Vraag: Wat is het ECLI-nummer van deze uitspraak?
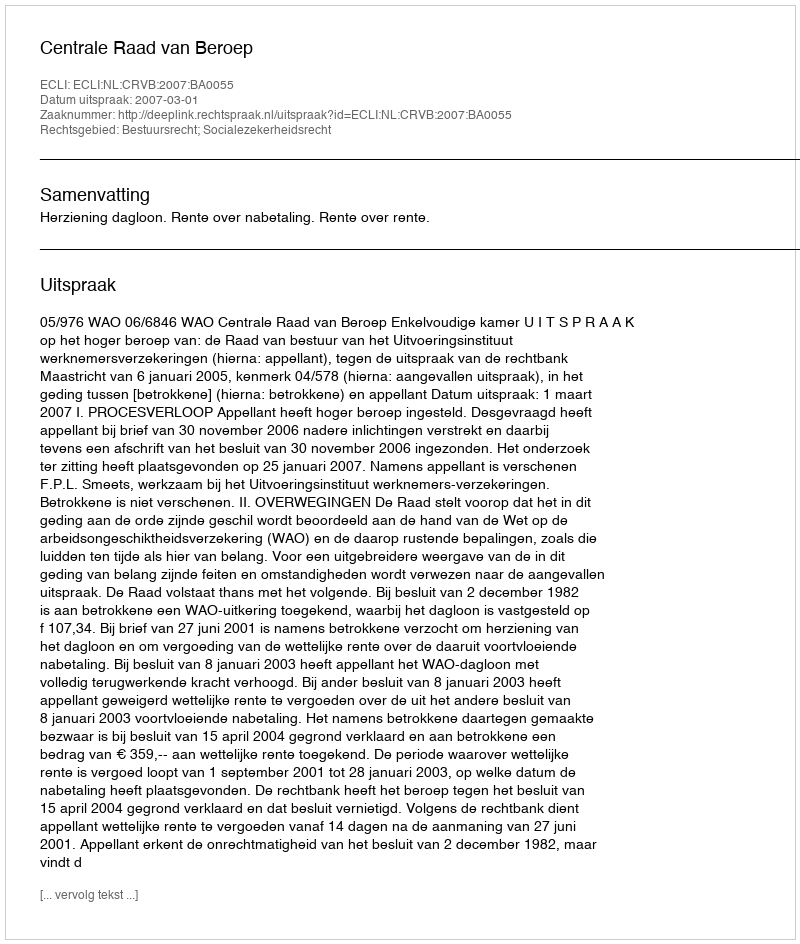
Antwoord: ECLI:NL:CRVB:2007:BA0055